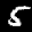
Label: 5